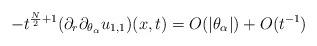
LaTeX: \begin{align*}-t^{\frac{N}{2}+1}(\partial_r\partial_{\theta_\alpha}u_{1,1})(x,t)=O(|\theta_\alpha|)+O(t^{-1})\end{align*}